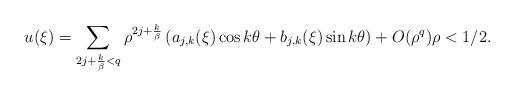
LaTeX: \begin{align*}u(\xi)= \sum_{2j+\frac{k}{\beta}<q} \rho^{2j+\frac{k}{\beta}} \left( a_{j,k}(\xi) \cos k\theta + b_{j,k}(\xi) \sin k\theta \right) + O(\rho^q) \rho<1/2.\end{align*}